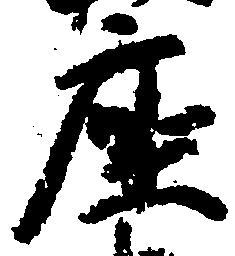
座